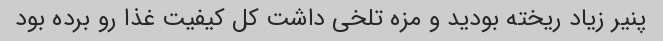
پنیر زیاد ریخته بودید و مزه تلخی داشت کل کیفیت غذا رو برده بود